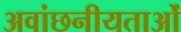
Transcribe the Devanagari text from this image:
अवांछनीयताओं